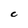
Character: C